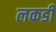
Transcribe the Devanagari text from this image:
लकडीं